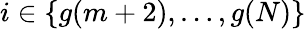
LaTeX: i\in\{ g(m+2),\ldots,g(N)\}